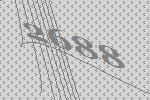
2688